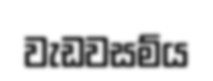
වැඩවසම්ය